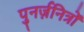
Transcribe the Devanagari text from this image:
पुनर्ज़नित्रों